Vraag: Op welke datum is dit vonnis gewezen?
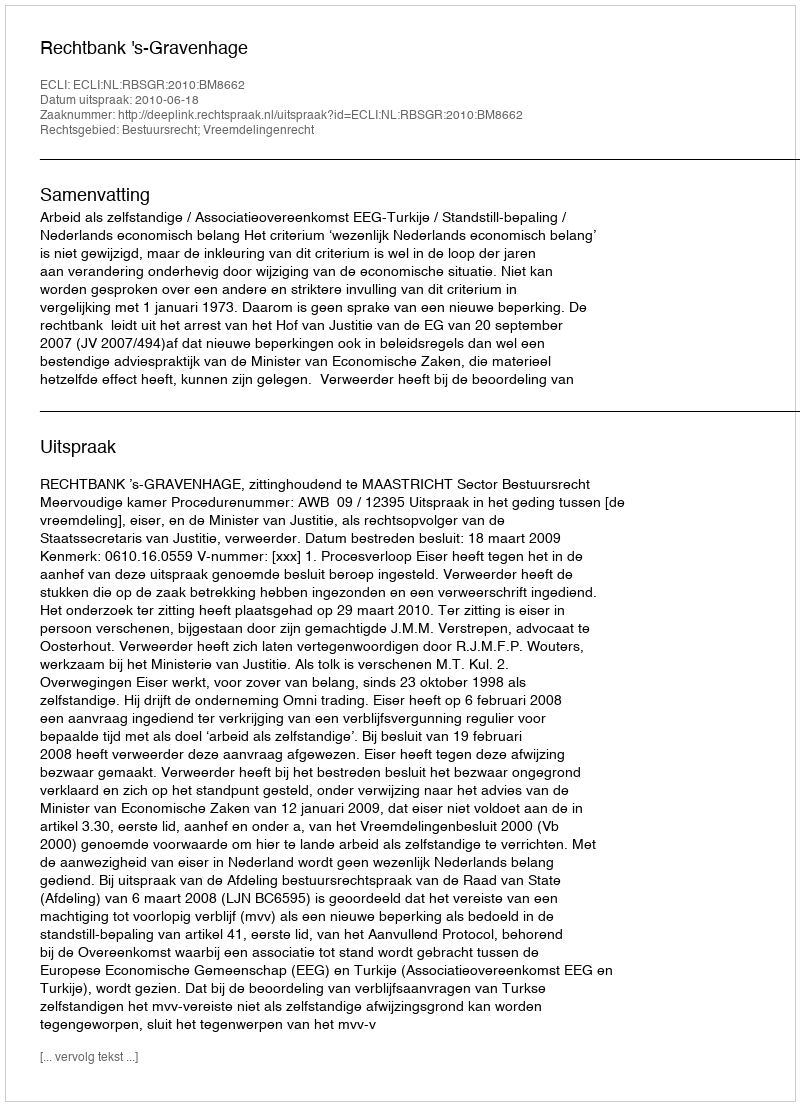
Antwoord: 2010-06-18